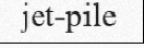
jet-pile